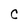
Character: C